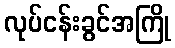
လုပ်ငန်းခွင်အကြို